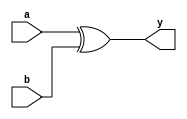
module sha2_sec_ti2_rm0_xor_impl #(
		parameter WIDTH = 1,
		parameter NOTY = 0
	)(
    input wire [WIDTH-1:0] a,
    input wire [WIDTH-1:0] b,
    output reg [WIDTH-1:0] y
    );
always @* y = NOTY ^ a ^ b;
endmodule